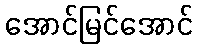
အောင်မြင်အောင်